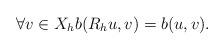
LaTeX: \begin{align*}\forall v \in X_h b(R_h u, v) = b(u,v).\end{align*}